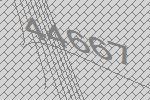
44667